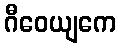
ဂီဝေယျကေ